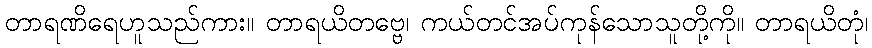
တာရဏိရေဟူသည်ကား။ တာရယိတဗ္ဗေ၊ ကယ်တင်အပ်ကုန်သောသူတို့ကို။ တာရယိတုံ၊